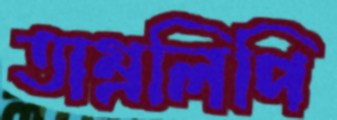
তাম্রলিপি